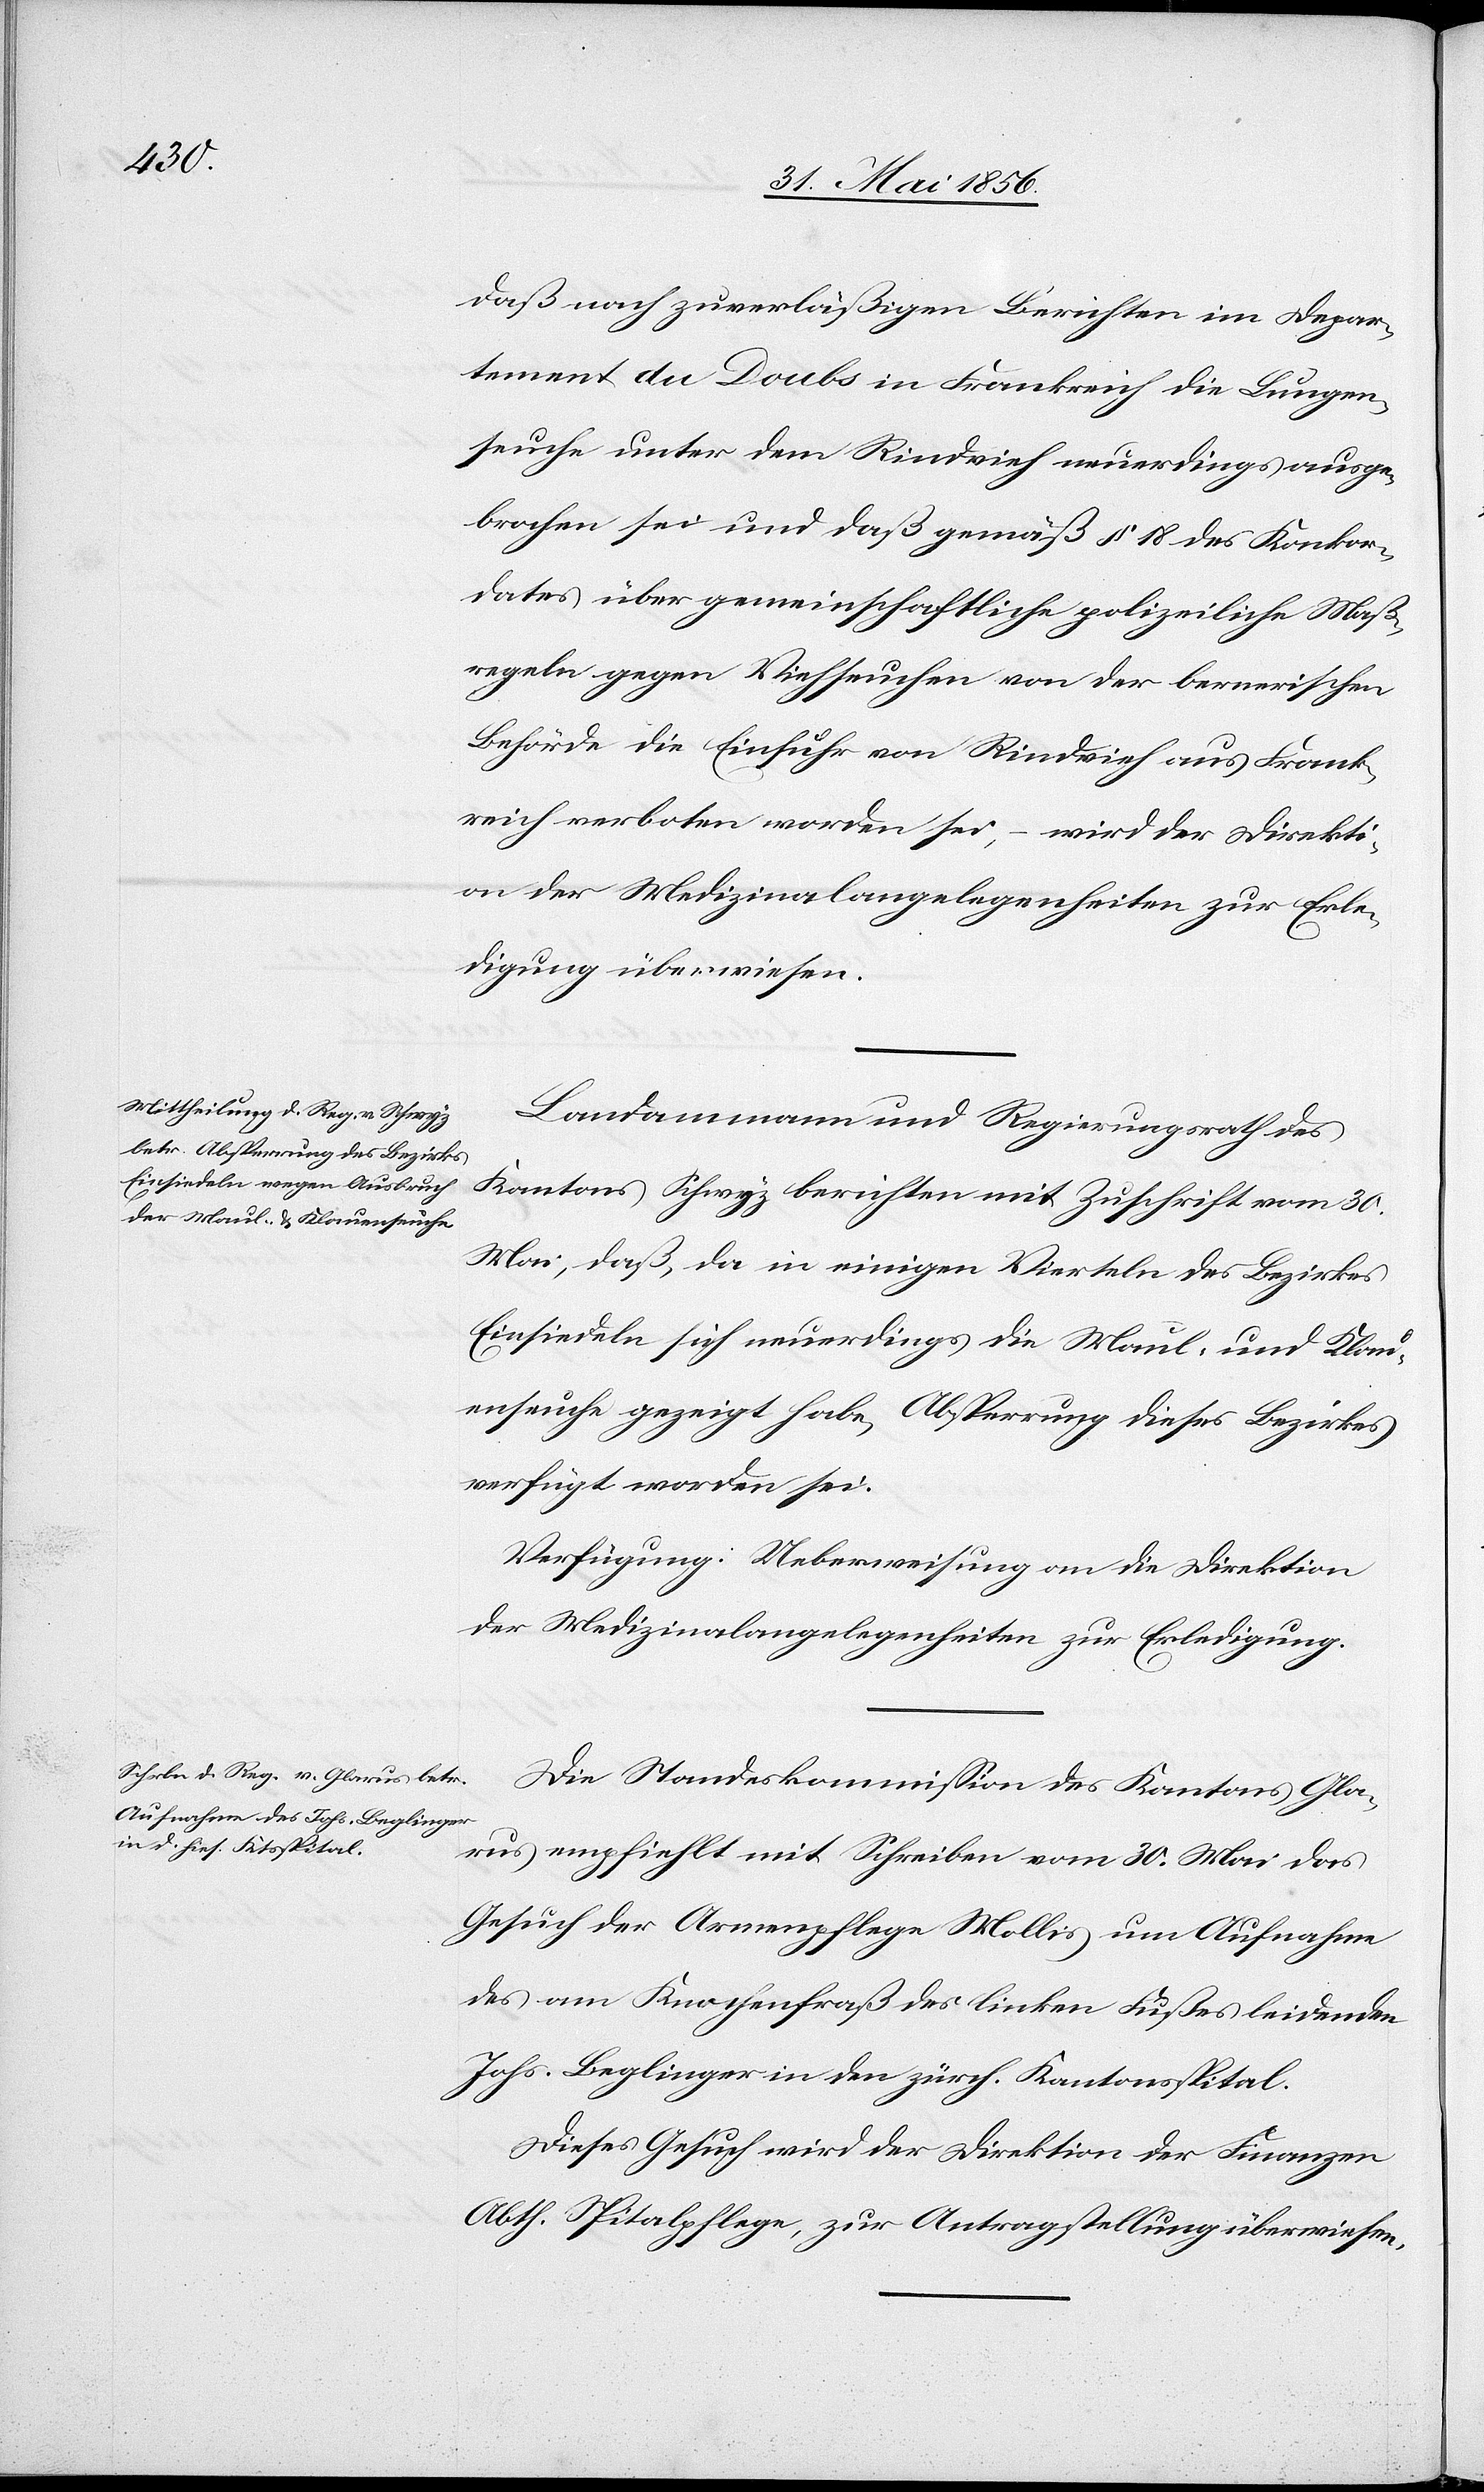
2. Juni 1856.]
daß nach zuverläßigen Berichten im Depar¬
tement du Doubs in Frankreich die Lungen¬
seuche unter dem Rindvieh neuerdings ausge¬
brochen sei und daß gemäß § 18 des Konkor¬
dates über gemeinschaftliche polizeiliche Maß¬
regeln gegen Viehseuchen von der bernerischen
Behörde die Einfuhr von Rindvieh aus Frank¬
reich verboten worden sei, – wird der Direkti¬
on der Medizinalangelegenheiten zur Erle¬
digung überwiesen.
Landammann und Regierungsrath des
Kantons Schwyz berichten mit Zuschrift vom 30.
Mai, daß, da in einigen Vierteln des Bezirkes
Einsiedeln sich neuerdings die Maul- und Klau¬
enseuche gezeigt habe, Absperrung dieses Bezirkes
verfügt worden sei.
Verfügung: Ueberweisung an die Direktion
der Medizinalangelegenheiten zur Erledigung.
Die Standeskommission des Kantons Gla¬
rus empfiehlt mit Schreiben vom 30. Mai das
Gesuch der Armenpflege Mollis um Aufnahme
des am Knochenfraß des linken Fußes leidenden
Johs. Beglinger in den zürch. Kantonsspital.
Dieses Gesuch wird der Direktion der Finanzen
Abth. Spitalpflege, zur Antragstellung überwiesen.